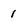
Character: 1